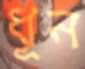
ধূন